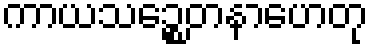
ကာယသဉ္စေတနာဟေတု